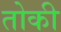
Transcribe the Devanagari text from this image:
तोकी